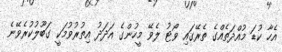
އެހާ ކުޑަ މުއްދަތެއްގެ ތެރޭގައި ވޯޓު ލެވޭ މީހުންގެ އަދަދު އިތުރުވުމަކީ ގަބޫލުކުރެވޭނެ